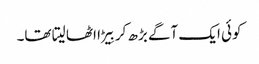
کوئی ایک آگے بڑھ کر بِیڑا اٹھا لیتا تھا۔